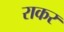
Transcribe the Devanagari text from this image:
राकर